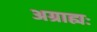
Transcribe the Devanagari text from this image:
अग्राह्यः